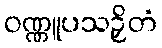
ဝဏ္ဏူပသဉှိတံ